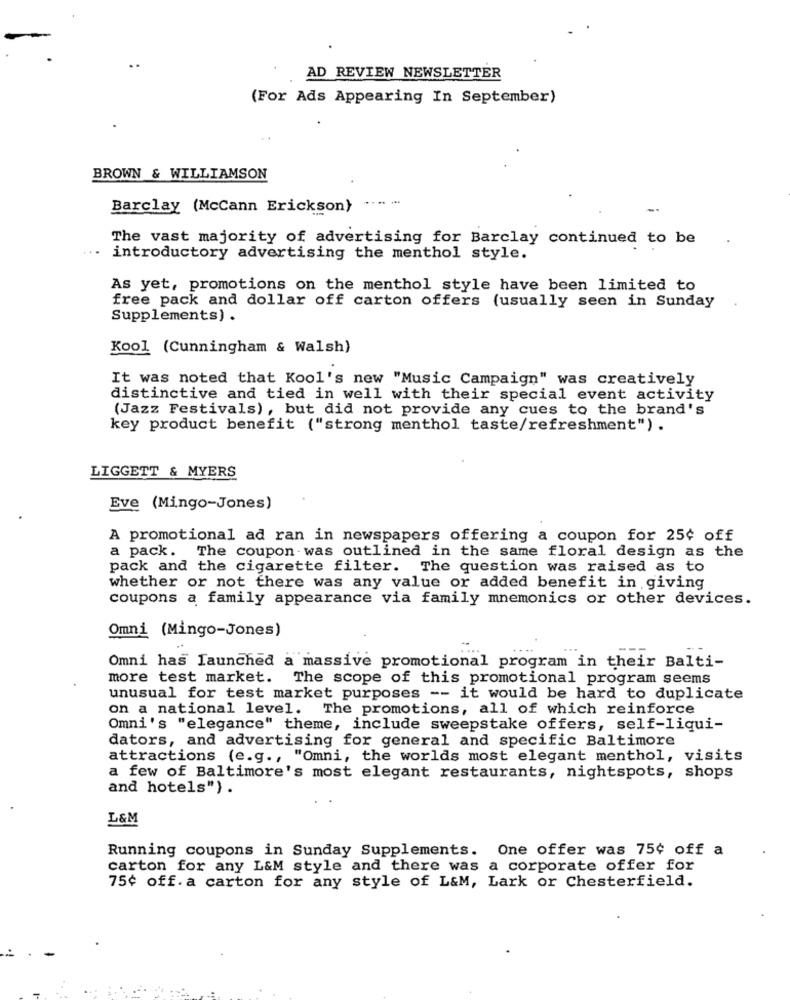
AD REVIEW NEWSLETTER
(For Ads Appearing In September)
BROWN & WILLIAMSON
Barclay (McCann Erickson}
...
The vast majority of advertising for Barclay continued to be
introductory advertising the menthol style.
As yet, promotions on the menthol style have been limited to
free pack and dollar off carton offers (usually seen in Sunday
Supplements) .
Kool (Cunningham & Walsh)
It was noted that Kool's new "Music Campaign" was creatively
distinctive and tied in well with their special event activity
(Jazz Festivals), but did not provide any cues to the brand's
key product benefit ("strong menthol taste/refreshment").
LIGGETT & MYERS
Eve (Mingo-Jones)
A promotional ad ran in newspapers offering a coupon for 25¢ off
a pack. The coupon was outlined in the same floral design as the
pack and the cigarette filter. The question was raised as to
whether or not there was any value or added benefit in giving
coupons a family appearance via family mnemonics or other devices.
Omni (Mingo-Jones)
Omni has Launched a massive promotional program in their Balti-
more test market. The scope of this promotional program seems
unusual for test market purposes -- it would be hard to duplicate
on a national level. The promotions, all of which reinforce
Omni's "elegance" theme, include sweepstake offers, self-liqui-
dators, and advertising for general and specific Baltimore
attractions (e.g ., "Omni, the worlds most elegant menthol, visits
a few of Baltimore's most elegant restaurants, nightspots, shops
and hotels") .
L&M
Running coupons in Sunday Supplements. One offer was 75¢ off a
carton for any L&M style and there was a corporate offer for
75¢ off. a carton for any style of L&M, Lark or Chesterfield.
...